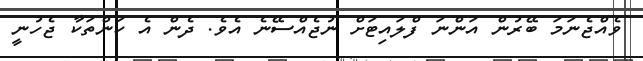
ވެއްޖެނަމަ ބޭރުން އަންނަ ފްލައިޓަށް ނުޖެއްސޭނެ އެވެ. ދެން އެ ކަންތަކާ ޖެހުނީ